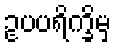
ဥပပရိက္ခိမှ